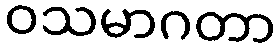
ဝသမာဂတာ